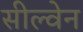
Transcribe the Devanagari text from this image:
सील्वेन